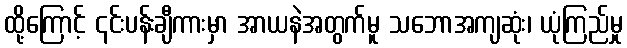
ထို့ကြောင့် ၎င်းပန်းချီကားမှာ အာယနဲအတွက်မူ သဘောအကျဆုံး၊ ယုံကြည်မှု